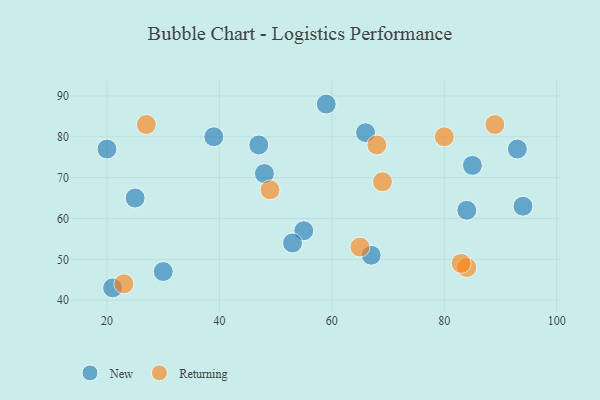
{"axis": {"x": "GDP", "y": "Life Expectancy"}, "legend": ["New", "Returning"], "data": [{"x": "20", "y": 77, "type": "New"}, {"x": "21", "y": 43, "type": "New"}, {"x": "93", "y": 77, "type": "New"}, {"x": "48", "y": 71, "type": "New"}, {"x": "67", "y": 51, "type": "New"}, {"x": "55", "y": 57, "type": "New"}, {"x": "39", "y": 80, "type": "New"}, {"x": "84", "y": 62, "type": "New"}, {"x": "30", "y": 47, "type": "New"}, {"x": "47", "y": 78, "type": "New"}, {"x": "66", "y": 81, "type": "New"}, {"x": "85", "y": 73, "type": "New"}, {"x": "25", "y": 65, "type": "New"}, {"x": "59", "y": 88, "type": "New"}, {"x": "53", "y": 54, "type": "New"}, {"x": "94", "y": 63, "type": "New"}, {"x": "84", "y": 48, "type": "Returning"}, {"x": "49", "y": 67, "type": "Returning"}, {"x": "83", "y": 49, "type": "Returning"}, {"x": "68", "y": 78, "type": "Returning"}, {"x": "89", "y": 83, "type": "Returning"}, {"x": "27", "y": 83, "type": "Returning"}, {"x": "69", "y": 69, "type": "Returning"}, {"x": "23", "y": 44, "type": "Returning"}, {"x": "80", "y": 80, "type": "Returning"}, {"x": "65", "y": 53, "type": "Returning"}]}